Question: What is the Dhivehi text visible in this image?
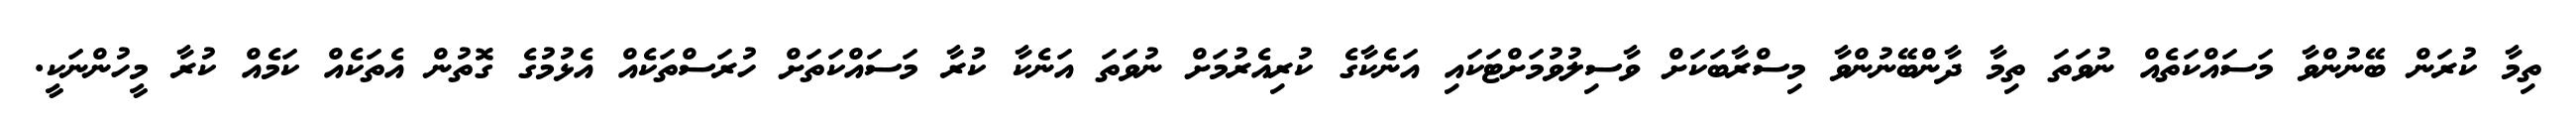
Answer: ތިމާ ކުރަން ބޭނުންވާ މަސައްކަތެއް ނުވަތަ ތިމާ ދާންބޭނުންވާ މިސްރާބަކަށް ވާސިލުވުމަށްޓަކައި އަނެކާގެ ކުރިއެރުމަށް ނުވަތަ އަނެކާ ކުރާ މަސައްކަތަށް ހުރަސްތަކެއް އެޅުމުގެ ގޮތުން އެތަކެއް ކަމެއް ކުރާ މީހުންނަކީ.